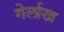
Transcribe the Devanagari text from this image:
गेर्लाख